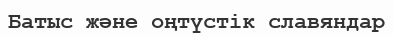
Батыс және оңтүстік славяндар